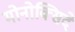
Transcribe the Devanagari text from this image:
मोनोक्सिदे